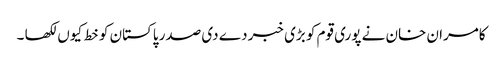
کامران خان نے پوری قوم کو بڑی خبر دے دی صدر پاکستان کو خط کیوں لکھا ۔